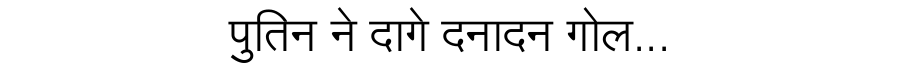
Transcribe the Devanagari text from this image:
पुतिन ने दागे दनादन गोल...